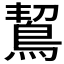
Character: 𪀡